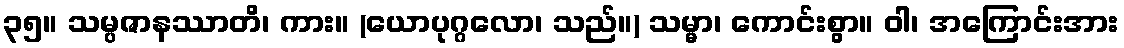
၃၅။ သမ္ပဇာနဿာတိ၊ ကား။ (ယောပုဂ္ဂလော၊ သည်။) သမ္မာ၊ ကောင်းစွာ။ ဝါ၊ အကြောင်းအား